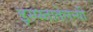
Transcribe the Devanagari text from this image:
इस्प्य्तातेलन्यी